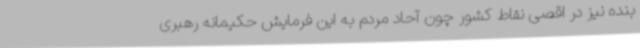
بنده نیز در اقصی نقاط کشور چون آحاد مردم به این فرمایش حکیمانه رهبری